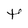
Character: t